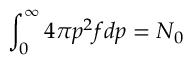
\int _ { 0 } ^ { \infty } 4 \pi p ^ { 2 } f d p = N _ { 0 }